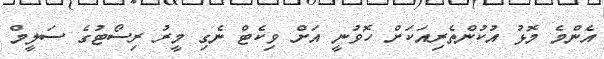
އެންމެ މޮޅު އުކުންތެރިއަކަށް ހޮވުނީ އަށް ވިކެޓް ނެގި މީރު ރިސޯޓުގެ ސަލީމް